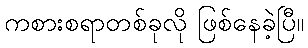
ကစားစရာတစ်ခုလို ဖြစ်နေခဲ့ပြီ။